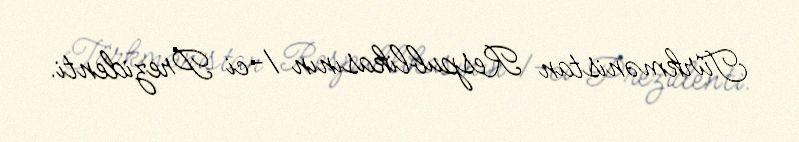
Türkmənistan Respublikasının 1-ci Prezidenti.